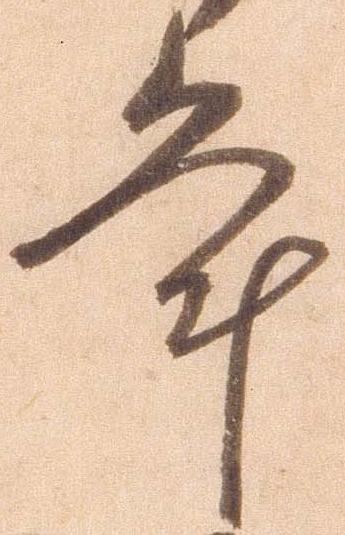
年